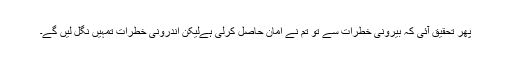
پھر تحقیق آئی کہ بیرونی خطرات سے تو تم نے امان حاصل کرلی ہےلیکن اندرونی خطرات تمہیں نگل لیں گے۔